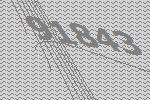
91843